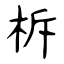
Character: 柝